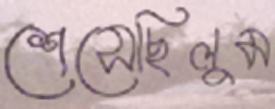
শেসেছিলুম